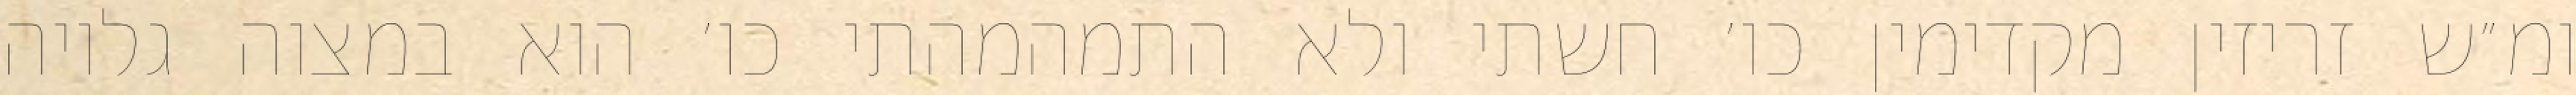
ומ״ש זריזין מקדימין כו׳ חשתי ולא התמהמהתי כו׳ הוא במצוה גלויה